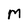
Character: M